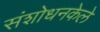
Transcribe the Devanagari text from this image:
संशोधनकेले